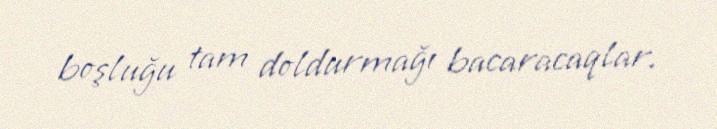
boşluğu tam doldurmağı bacaracaqlar.